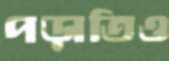
পড়াতিও